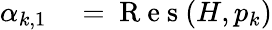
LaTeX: \begin{array}{r}{\begin{array}{rl}{\alpha_{k,1}}&{{}=\mathrm{~R~e~s~}(H,p_{k})}\end{array}}\end{array}